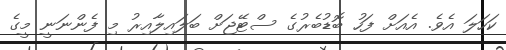
ކަހަލަ އެވެ. އެއަށް ފަހު ބޮޑުބެރުގެ ސްޓޭޖަށް ބަލައިލާއިރު މި ފެންނަނީ މީގެ